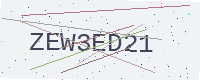
Text: ZEW3ED21